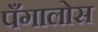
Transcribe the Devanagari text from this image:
पँगालोस